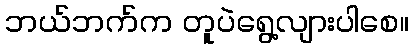
ဘယ်ဘက်က တူပဲရွေ့လျားပါစေ။